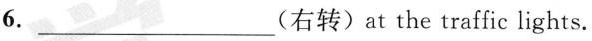
6.___(右转)at the traffic lights.